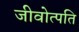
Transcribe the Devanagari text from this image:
जीवोत्पति